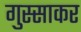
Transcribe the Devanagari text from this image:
गुस्साकर